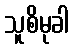
သူစိမုခါ